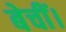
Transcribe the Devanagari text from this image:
बेचीं।